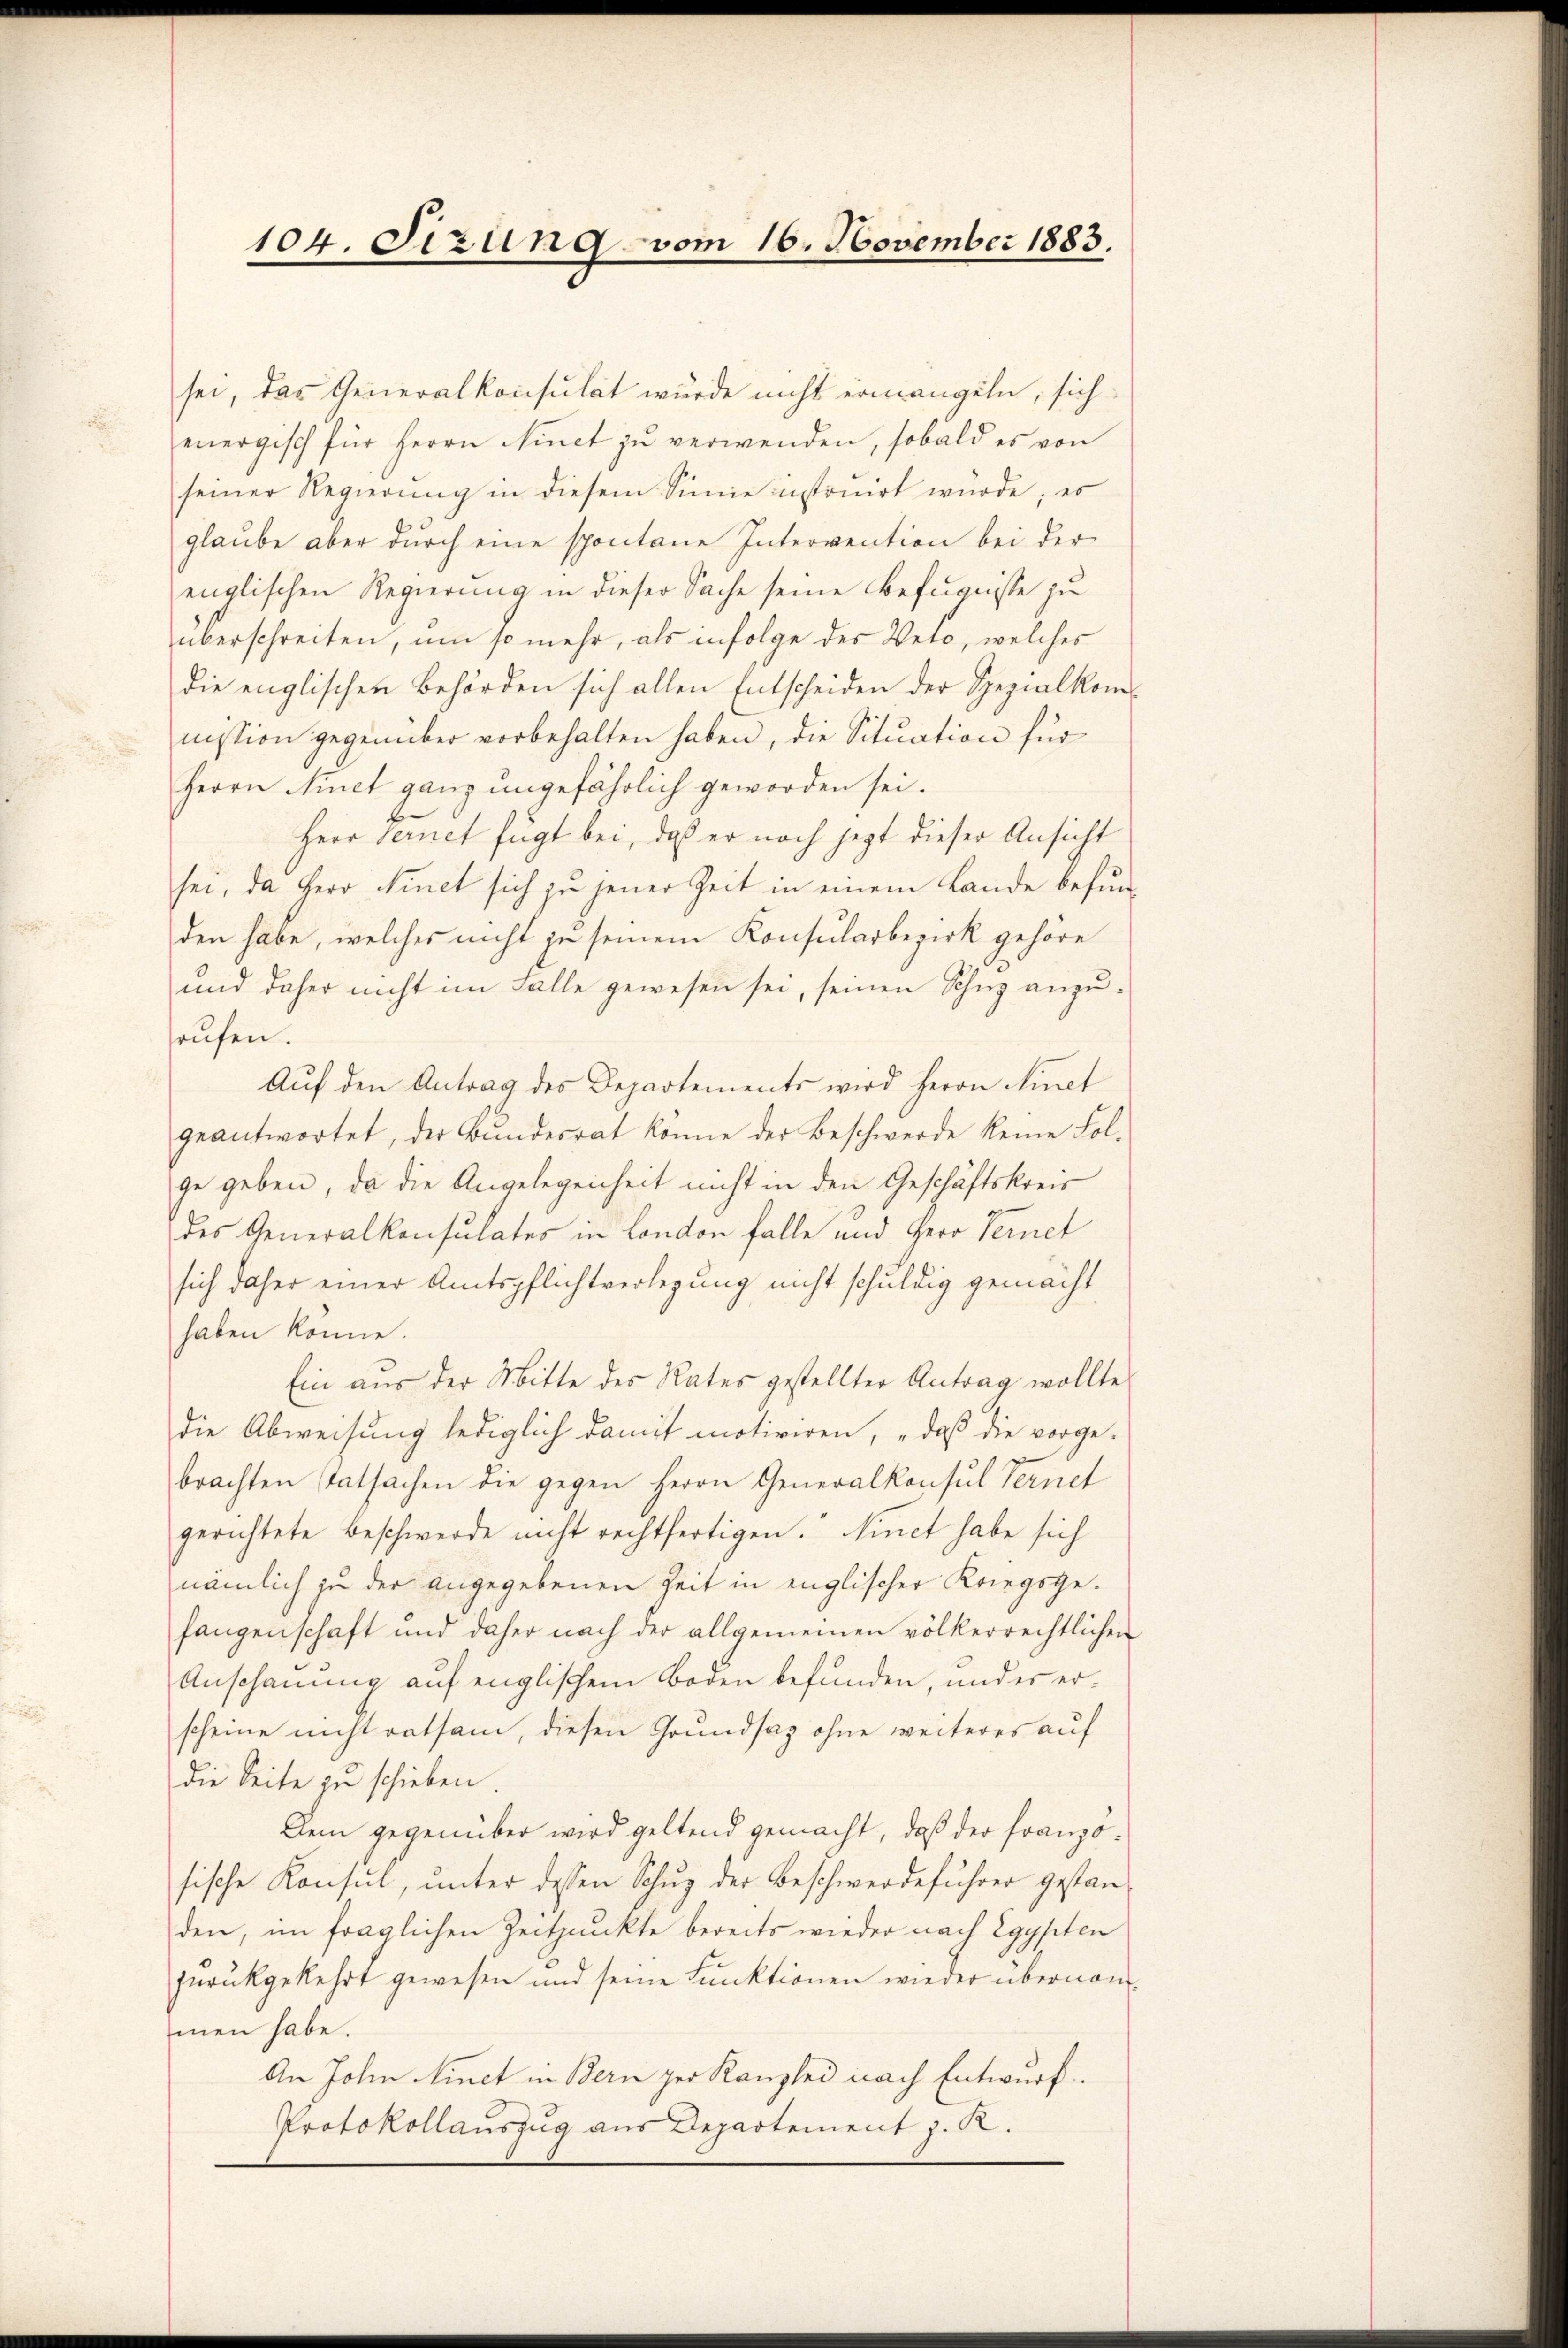
104. Sizung vom 16. November 1883.

sei, das Generalkonsulat wurde nicht ermangeln, sich
energisch für Herrn Ninct zŭ verwenden, sobald es von
seiner Regierung in diesem Sinne instruirt wurde; es
glaube aber durch eine spontane Intervention bei der
englischen Regierung in dieser Sache seine Befugnisse zu
überschreiten, um so mehr, als infolge des Veto, welches
die englischen Behörden sich allen Entscheiden der Spezialkommission gegenüber vorbehalten haben, die Situation für
Herrn Niet ganz ungefährlich geworden sei.
Herr Vernet fügt bei, daß er noch jetzt dieser Ansicht
sei, da Herr Finet sich zu jener Zeit in einem Lande befunden habe, welches nicht zu seinem Konsularbezirk gehöre
und daher nicht im Falle gewesen sei, seinen Schnz anzurufen.
Aŭf den Antrag des Departements wird Herrn Minet
geantwortet, der Bundesrat könne der Beschwerde keine Folge geben, da die Angelegenheit nicht in den Geschäftskreis
des Generalkonsulates in London falle und Herr Vernet
sich daher einer Amtspflichtverlegung nicht schuldig gemacht
haben könne.
Ein aus der Mitte des Rates gestellter Antrag wollte
die Abweisung lediglich damit motiviren, „daß die vorge-
brachten Tatsachen die gegen Herrn Generalkonsul Ternet
gerichtete Beschwerde nicht rechtfertigen. Ninet habe sich
nämlich zu der angegebenen Zeit in englischer Kriegsge-
fangenschaft und daher nach der allgemeinen völkerrechtlichen
Anschauung auf englischem Boden befunden, und es erscheine nicht ratsam, diesen Grundsaz ohne weiteres auf
die Seite zu schieben.
Dem gegenüber wird geltend gemacht, daß der Franzosische Konsul, unter dessen Schuz der Beschwerdeführer gestanden, im fraglichen Zeitpunkte bereits wieder nach Egypten
zurückgekehrt gewesen und seine Funktionen wieder übernommen habe.
An John inct in Bern per Kanzlei nach Entwurf.
Protokollauszug aus Departement z. R.